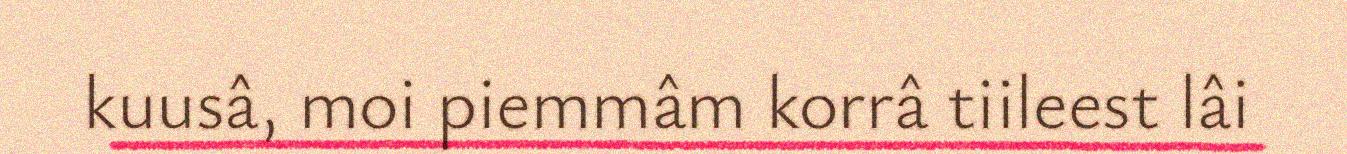
kuusâ, moi piemmâm korrâ tiileest lâi